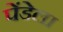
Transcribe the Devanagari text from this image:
पेंडेला